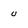
Character: u